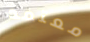
معتمد